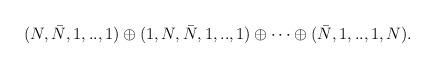
LaTeX: \begin{align*}(N,\bar N,1,..,1)\oplus(1,N,\bar N,1,..,1)\oplus\cdots \oplus(\bar N,1,..,1,N).\end{align*}